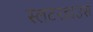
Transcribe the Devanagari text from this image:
स्लटरहाउस